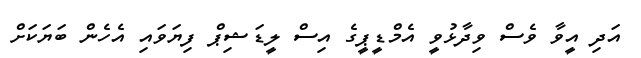
އަދި އީވާ ވެސް ވިދާޅުވީ އެމްޑީޕީގެ އިސް ލީޑަޝިޕް ފިޔަވައި އެހެން ބަޔަކަށް